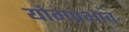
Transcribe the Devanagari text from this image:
योगप्रभाव